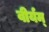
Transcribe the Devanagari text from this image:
वीर्यम्